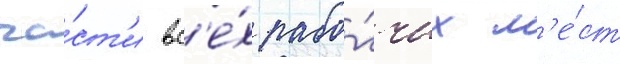
ча́ст'и вс'е́х рабо́чих м'е́ст